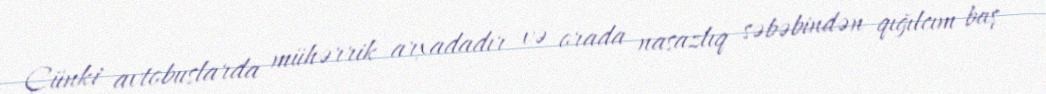
Çünki avtobuslarda mühərrik arxadadır və orada nasazlıq səbəbindən qığılcım baş